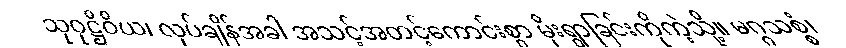
သုဝုဋ္ဌိဝိယ၊ လုပ်ချိန်အခါ အသင့်အတင့်ကောင်းစွာ မိုးရွာခြင်းကိုကဲ့သို့။ မဂ္ဂသစ္စံ၊